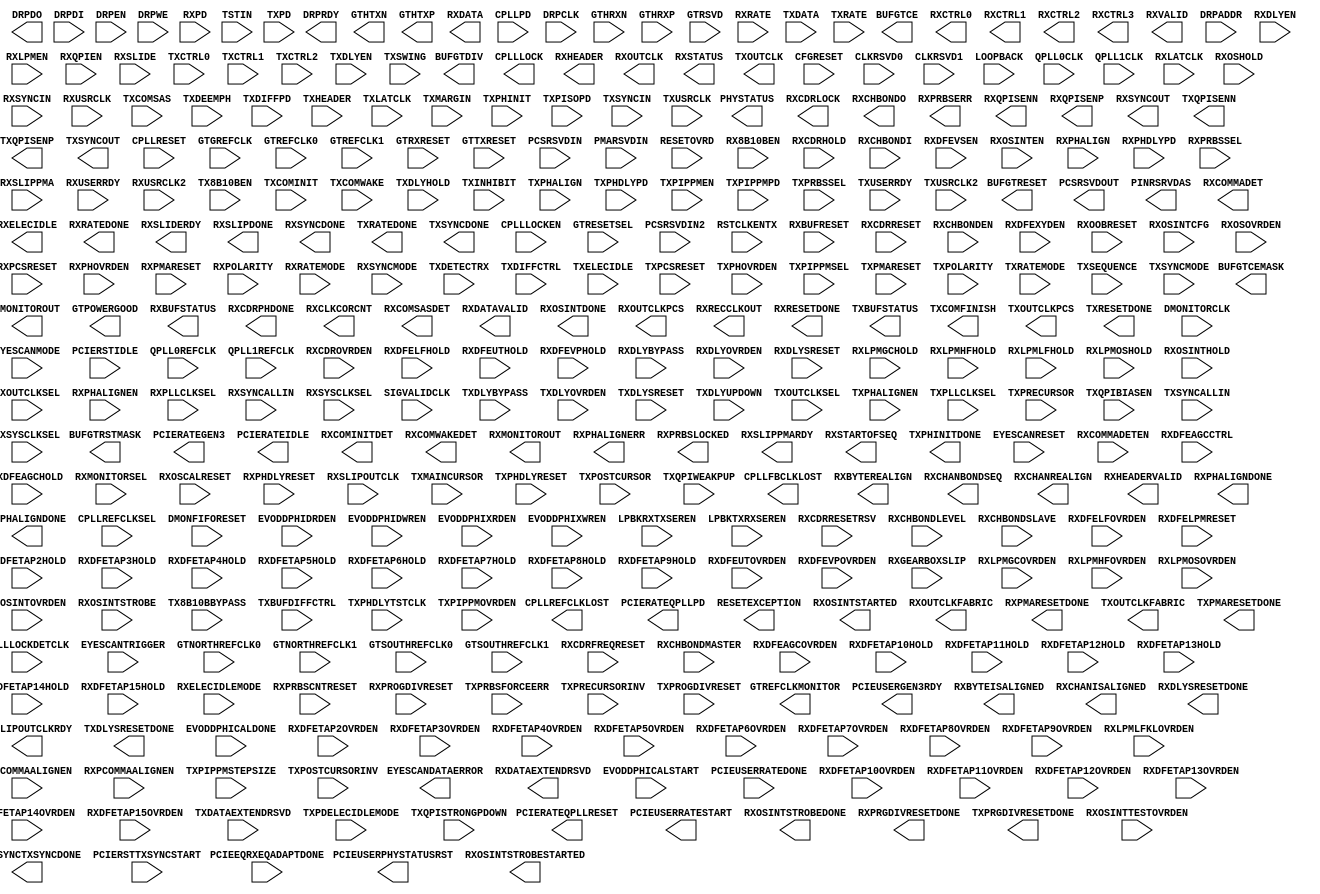
///////////////////////////////////////////////////////////////////////////////
//  Copyright (c) 1995/2015 Xilinx, Inc.
//  All Right Reserved.
///////////////////////////////////////////////////////////////////////////////
//
//   ____   ___
//  /   /\/   / 
// /___/  \  /     Vendor      : Xilinx 
// \   \   \/      Version     : 2015.4
//  \   \          Description : Xilinx Formal Library Component
//  /   /                        
// /___/   /\      Filename    : GTHE3_CHANNEL.v
// \   \  /  \ 
//  \___\/\___\                    
//                                 
///////////////////////////////////////////////////////////////////////////////
//  Revision:
//
//  End Revision:
///////////////////////////////////////////////////////////////////////////////

`timescale 1 ps / 1 ps 

`celldefine

module GTHE3_CHANNEL #(
  `ifdef XIL_TIMING //Simprim 
  parameter LOC = "UNPLACED",  
  `endif
  parameter [0:0] ACJTAG_DEBUG_MODE = 1'b0,
  parameter [0:0] ACJTAG_MODE = 1'b0,
  parameter [0:0] ACJTAG_RESET = 1'b0,
  parameter [15:0] ADAPT_CFG0 = 16'hF800,
  parameter [15:0] ADAPT_CFG1 = 16'h0000,
  parameter ALIGN_COMMA_DOUBLE = "FALSE",
  parameter [9:0] ALIGN_COMMA_ENABLE = 10'b0001111111,
  parameter integer ALIGN_COMMA_WORD = 1,
  parameter ALIGN_MCOMMA_DET = "TRUE",
  parameter [9:0] ALIGN_MCOMMA_VALUE = 10'b1010000011,
  parameter ALIGN_PCOMMA_DET = "TRUE",
  parameter [9:0] ALIGN_PCOMMA_VALUE = 10'b0101111100,
  parameter [0:0] A_RXOSCALRESET = 1'b0,
  parameter [0:0] A_RXPROGDIVRESET = 1'b0,
  parameter [0:0] A_TXPROGDIVRESET = 1'b0,
  parameter CBCC_DATA_SOURCE_SEL = "DECODED",
  parameter [0:0] CDR_SWAP_MODE_EN = 1'b0,
  parameter CHAN_BOND_KEEP_ALIGN = "FALSE",
  parameter integer CHAN_BOND_MAX_SKEW = 7,
  parameter [9:0] CHAN_BOND_SEQ_1_1 = 10'b0101111100,
  parameter [9:0] CHAN_BOND_SEQ_1_2 = 10'b0000000000,
  parameter [9:0] CHAN_BOND_SEQ_1_3 = 10'b0000000000,
  parameter [9:0] CHAN_BOND_SEQ_1_4 = 10'b0000000000,
  parameter [3:0] CHAN_BOND_SEQ_1_ENABLE = 4'b1111,
  parameter [9:0] CHAN_BOND_SEQ_2_1 = 10'b0100000000,
  parameter [9:0] CHAN_BOND_SEQ_2_2 = 10'b0100000000,
  parameter [9:0] CHAN_BOND_SEQ_2_3 = 10'b0100000000,
  parameter [9:0] CHAN_BOND_SEQ_2_4 = 10'b0100000000,
  parameter [3:0] CHAN_BOND_SEQ_2_ENABLE = 4'b1111,
  parameter CHAN_BOND_SEQ_2_USE = "FALSE",
  parameter integer CHAN_BOND_SEQ_LEN = 2,
  parameter CLK_CORRECT_USE = "TRUE",
  parameter CLK_COR_KEEP_IDLE = "FALSE",
  parameter integer CLK_COR_MAX_LAT = 20,
  parameter integer CLK_COR_MIN_LAT = 18,
  parameter CLK_COR_PRECEDENCE = "TRUE",
  parameter integer CLK_COR_REPEAT_WAIT = 0,
  parameter [9:0] CLK_COR_SEQ_1_1 = 10'b0100011100,
  parameter [9:0] CLK_COR_SEQ_1_2 = 10'b0000000000,
  parameter [9:0] CLK_COR_SEQ_1_3 = 10'b0000000000,
  parameter [9:0] CLK_COR_SEQ_1_4 = 10'b0000000000,
  parameter [3:0] CLK_COR_SEQ_1_ENABLE = 4'b1111,
  parameter [9:0] CLK_COR_SEQ_2_1 = 10'b0100000000,
  parameter [9:0] CLK_COR_SEQ_2_2 = 10'b0100000000,
  parameter [9:0] CLK_COR_SEQ_2_3 = 10'b0100000000,
  parameter [9:0] CLK_COR_SEQ_2_4 = 10'b0100000000,
  parameter [3:0] CLK_COR_SEQ_2_ENABLE = 4'b1111,
  parameter CLK_COR_SEQ_2_USE = "FALSE",
  parameter integer CLK_COR_SEQ_LEN = 2,
  parameter [15:0] CPLL_CFG0 = 16'h20F8,
  parameter [15:0] CPLL_CFG1 = 16'hA494,
  parameter [15:0] CPLL_CFG2 = 16'hF001,
  parameter [5:0] CPLL_CFG3 = 6'h00,
  parameter integer CPLL_FBDIV = 4,
  parameter integer CPLL_FBDIV_45 = 4,
  parameter [15:0] CPLL_INIT_CFG0 = 16'h001E,
  parameter [7:0] CPLL_INIT_CFG1 = 8'h00,
  parameter [15:0] CPLL_LOCK_CFG = 16'h01E8,
  parameter integer CPLL_REFCLK_DIV = 1,
  parameter [1:0] DDI_CTRL = 2'b00,
  parameter integer DDI_REALIGN_WAIT = 15,
  parameter DEC_MCOMMA_DETECT = "TRUE",
  parameter DEC_PCOMMA_DETECT = "TRUE",
  parameter DEC_VALID_COMMA_ONLY = "TRUE",
  parameter [0:0] DFE_D_X_REL_POS = 1'b0,
  parameter [0:0] DFE_VCM_COMP_EN = 1'b0,
  parameter [9:0] DMONITOR_CFG0 = 10'h000,
  parameter [7:0] DMONITOR_CFG1 = 8'h00,
  parameter [0:0] ES_CLK_PHASE_SEL = 1'b0,
  parameter [5:0] ES_CONTROL = 6'b000000,
  parameter ES_ERRDET_EN = "FALSE",
  parameter ES_EYE_SCAN_EN = "FALSE",
  parameter [11:0] ES_HORZ_OFFSET = 12'h000,
  parameter [9:0] ES_PMA_CFG = 10'b0000000000,
  parameter [4:0] ES_PRESCALE = 5'b00000,
  parameter [15:0] ES_QUALIFIER0 = 16'h0000,
  parameter [15:0] ES_QUALIFIER1 = 16'h0000,
  parameter [15:0] ES_QUALIFIER2 = 16'h0000,
  parameter [15:0] ES_QUALIFIER3 = 16'h0000,
  parameter [15:0] ES_QUALIFIER4 = 16'h0000,
  parameter [15:0] ES_QUAL_MASK0 = 16'h0000,
  parameter [15:0] ES_QUAL_MASK1 = 16'h0000,
  parameter [15:0] ES_QUAL_MASK2 = 16'h0000,
  parameter [15:0] ES_QUAL_MASK3 = 16'h0000,
  parameter [15:0] ES_QUAL_MASK4 = 16'h0000,
  parameter [15:0] ES_SDATA_MASK0 = 16'h0000,
  parameter [15:0] ES_SDATA_MASK1 = 16'h0000,
  parameter [15:0] ES_SDATA_MASK2 = 16'h0000,
  parameter [15:0] ES_SDATA_MASK3 = 16'h0000,
  parameter [15:0] ES_SDATA_MASK4 = 16'h0000,
  parameter [10:0] EVODD_PHI_CFG = 11'b00000000000,
  parameter [0:0] EYE_SCAN_SWAP_EN = 1'b0,
  parameter [3:0] FTS_DESKEW_SEQ_ENABLE = 4'b1111,
  parameter [3:0] FTS_LANE_DESKEW_CFG = 4'b1111,
  parameter FTS_LANE_DESKEW_EN = "FALSE",
  parameter [4:0] GEARBOX_MODE = 5'b00000,
  parameter [0:0] GM_BIAS_SELECT = 1'b0,
  parameter [0:0] LOCAL_MASTER = 1'b0,
  parameter [1:0] OOBDIVCTL = 2'b00,
  parameter [0:0] OOB_PWRUP = 1'b0,
  parameter PCI3_AUTO_REALIGN = "FRST_SMPL",
  parameter [0:0] PCI3_PIPE_RX_ELECIDLE = 1'b1,
  parameter [1:0] PCI3_RX_ASYNC_EBUF_BYPASS = 2'b00,
  parameter [0:0] PCI3_RX_ELECIDLE_EI2_ENABLE = 1'b0,
  parameter [5:0] PCI3_RX_ELECIDLE_H2L_COUNT = 6'b000000,
  parameter [2:0] PCI3_RX_ELECIDLE_H2L_DISABLE = 3'b000,
  parameter [5:0] PCI3_RX_ELECIDLE_HI_COUNT = 6'b000000,
  parameter [0:0] PCI3_RX_ELECIDLE_LP4_DISABLE = 1'b0,
  parameter [0:0] PCI3_RX_FIFO_DISABLE = 1'b0,
  parameter [15:0] PCIE_BUFG_DIV_CTRL = 16'h0000,
  parameter [15:0] PCIE_RXPCS_CFG_GEN3 = 16'h0000,
  parameter [15:0] PCIE_RXPMA_CFG = 16'h0000,
  parameter [15:0] PCIE_TXPCS_CFG_GEN3 = 16'h0000,
  parameter [15:0] PCIE_TXPMA_CFG = 16'h0000,
  parameter PCS_PCIE_EN = "FALSE",
  parameter [15:0] PCS_RSVD0 = 16'b0000000000000000,
  parameter [2:0] PCS_RSVD1 = 3'b000,
  parameter [11:0] PD_TRANS_TIME_FROM_P2 = 12'h03C,
  parameter [7:0] PD_TRANS_TIME_NONE_P2 = 8'h19,
  parameter [7:0] PD_TRANS_TIME_TO_P2 = 8'h64,
  parameter [1:0] PLL_SEL_MODE_GEN12 = 2'h0,
  parameter [1:0] PLL_SEL_MODE_GEN3 = 2'h0,
  parameter [15:0] PMA_RSV1 = 16'h0000,
  parameter [2:0] PROCESS_PAR = 3'b010,
  parameter [0:0] RATE_SW_USE_DRP = 1'b0,
  parameter [0:0] RESET_POWERSAVE_DISABLE = 1'b0,
  parameter [4:0] RXBUFRESET_TIME = 5'b00001,
  parameter RXBUF_ADDR_MODE = "FULL",
  parameter [3:0] RXBUF_EIDLE_HI_CNT = 4'b1000,
  parameter [3:0] RXBUF_EIDLE_LO_CNT = 4'b0000,
  parameter RXBUF_EN = "TRUE",
  parameter RXBUF_RESET_ON_CB_CHANGE = "TRUE",
  parameter RXBUF_RESET_ON_COMMAALIGN = "FALSE",
  parameter RXBUF_RESET_ON_EIDLE = "FALSE",
  parameter RXBUF_RESET_ON_RATE_CHANGE = "TRUE",
  parameter integer RXBUF_THRESH_OVFLW = 0,
  parameter RXBUF_THRESH_OVRD = "FALSE",
  parameter integer RXBUF_THRESH_UNDFLW = 4,
  parameter [4:0] RXCDRFREQRESET_TIME = 5'b00001,
  parameter [4:0] RXCDRPHRESET_TIME = 5'b00001,
  parameter [15:0] RXCDR_CFG0 = 16'h0000,
  parameter [15:0] RXCDR_CFG0_GEN3 = 16'h0000,
  parameter [15:0] RXCDR_CFG1 = 16'h0080,
  parameter [15:0] RXCDR_CFG1_GEN3 = 16'h0000,
  parameter [15:0] RXCDR_CFG2 = 16'h07E6,
  parameter [15:0] RXCDR_CFG2_GEN3 = 16'h0000,
  parameter [15:0] RXCDR_CFG3 = 16'h0000,
  parameter [15:0] RXCDR_CFG3_GEN3 = 16'h0000,
  parameter [15:0] RXCDR_CFG4 = 16'h0000,
  parameter [15:0] RXCDR_CFG4_GEN3 = 16'h0000,
  parameter [15:0] RXCDR_CFG5 = 16'h0000,
  parameter [15:0] RXCDR_CFG5_GEN3 = 16'h0000,
  parameter [0:0] RXCDR_FR_RESET_ON_EIDLE = 1'b0,
  parameter [0:0] RXCDR_HOLD_DURING_EIDLE = 1'b0,
  parameter [15:0] RXCDR_LOCK_CFG0 = 16'h5080,
  parameter [15:0] RXCDR_LOCK_CFG1 = 16'h07E0,
  parameter [15:0] RXCDR_LOCK_CFG2 = 16'h7C42,
  parameter [0:0] RXCDR_PH_RESET_ON_EIDLE = 1'b0,
  parameter [15:0] RXCFOK_CFG0 = 16'h4000,
  parameter [15:0] RXCFOK_CFG1 = 16'h0060,
  parameter [15:0] RXCFOK_CFG2 = 16'h000E,
  parameter [6:0] RXDFELPMRESET_TIME = 7'b0001111,
  parameter [15:0] RXDFELPM_KL_CFG0 = 16'h0000,
  parameter [15:0] RXDFELPM_KL_CFG1 = 16'h0032,
  parameter [15:0] RXDFELPM_KL_CFG2 = 16'h0000,
  parameter [15:0] RXDFE_CFG0 = 16'h0A00,
  parameter [15:0] RXDFE_CFG1 = 16'h0000,
  parameter [15:0] RXDFE_GC_CFG0 = 16'h0000,
  parameter [15:0] RXDFE_GC_CFG1 = 16'h7840,
  parameter [15:0] RXDFE_GC_CFG2 = 16'h0000,
  parameter [15:0] RXDFE_H2_CFG0 = 16'h0000,
  parameter [15:0] RXDFE_H2_CFG1 = 16'h0000,
  parameter [15:0] RXDFE_H3_CFG0 = 16'h4000,
  parameter [15:0] RXDFE_H3_CFG1 = 16'h0000,
  parameter [15:0] RXDFE_H4_CFG0 = 16'h2000,
  parameter [15:0] RXDFE_H4_CFG1 = 16'h0003,
  parameter [15:0] RXDFE_H5_CFG0 = 16'h2000,
  parameter [15:0] RXDFE_H5_CFG1 = 16'h0003,
  parameter [15:0] RXDFE_H6_CFG0 = 16'h2000,
  parameter [15:0] RXDFE_H6_CFG1 = 16'h0000,
  parameter [15:0] RXDFE_H7_CFG0 = 16'h2000,
  parameter [15:0] RXDFE_H7_CFG1 = 16'h0000,
  parameter [15:0] RXDFE_H8_CFG0 = 16'h2000,
  parameter [15:0] RXDFE_H8_CFG1 = 16'h0000,
  parameter [15:0] RXDFE_H9_CFG0 = 16'h2000,
  parameter [15:0] RXDFE_H9_CFG1 = 16'h0000,
  parameter [15:0] RXDFE_HA_CFG0 = 16'h2000,
  parameter [15:0] RXDFE_HA_CFG1 = 16'h0000,
  parameter [15:0] RXDFE_HB_CFG0 = 16'h2000,
  parameter [15:0] RXDFE_HB_CFG1 = 16'h0000,
  parameter [15:0] RXDFE_HC_CFG0 = 16'h0000,
  parameter [15:0] RXDFE_HC_CFG1 = 16'h0000,
  parameter [15:0] RXDFE_HD_CFG0 = 16'h0000,
  parameter [15:0] RXDFE_HD_CFG1 = 16'h0000,
  parameter [15:0] RXDFE_HE_CFG0 = 16'h0000,
  parameter [15:0] RXDFE_HE_CFG1 = 16'h0000,
  parameter [15:0] RXDFE_HF_CFG0 = 16'h0000,
  parameter [15:0] RXDFE_HF_CFG1 = 16'h0000,
  parameter [15:0] RXDFE_OS_CFG0 = 16'h8000,
  parameter [15:0] RXDFE_OS_CFG1 = 16'h0000,
  parameter [15:0] RXDFE_UT_CFG0 = 16'h8000,
  parameter [15:0] RXDFE_UT_CFG1 = 16'h0003,
  parameter [15:0] RXDFE_VP_CFG0 = 16'hAA00,
  parameter [15:0] RXDFE_VP_CFG1 = 16'h0033,
  parameter [15:0] RXDLY_CFG = 16'h001F,
  parameter [15:0] RXDLY_LCFG = 16'h0030,
  parameter RXELECIDLE_CFG = "Sigcfg_4",
  parameter integer RXGBOX_FIFO_INIT_RD_ADDR = 4,
  parameter RXGEARBOX_EN = "FALSE",
  parameter [4:0] RXISCANRESET_TIME = 5'b00001,
  parameter [15:0] RXLPM_CFG = 16'h0000,
  parameter [15:0] RXLPM_GC_CFG = 16'h0000,
  parameter [15:0] RXLPM_KH_CFG0 = 16'h0000,
  parameter [15:0] RXLPM_KH_CFG1 = 16'h0002,
  parameter [15:0] RXLPM_OS_CFG0 = 16'h8000,
  parameter [15:0] RXLPM_OS_CFG1 = 16'h0002,
  parameter [8:0] RXOOB_CFG = 9'b000000110,
  parameter RXOOB_CLK_CFG = "PMA",
  parameter [4:0] RXOSCALRESET_TIME = 5'b00011,
  parameter integer RXOUT_DIV = 4,
  parameter [4:0] RXPCSRESET_TIME = 5'b00001,
  parameter [15:0] RXPHBEACON_CFG = 16'h0000,
  parameter [15:0] RXPHDLY_CFG = 16'h2020,
  parameter [15:0] RXPHSAMP_CFG = 16'h2100,
  parameter [15:0] RXPHSLIP_CFG = 16'h6622,
  parameter [4:0] RXPH_MONITOR_SEL = 5'b00000,
  parameter [1:0] RXPI_CFG0 = 2'b00,
  parameter [1:0] RXPI_CFG1 = 2'b00,
  parameter [1:0] RXPI_CFG2 = 2'b00,
  parameter [1:0] RXPI_CFG3 = 2'b00,
  parameter [0:0] RXPI_CFG4 = 1'b0,
  parameter [0:0] RXPI_CFG5 = 1'b1,
  parameter [2:0] RXPI_CFG6 = 3'b000,
  parameter [0:0] RXPI_LPM = 1'b0,
  parameter [0:0] RXPI_VREFSEL = 1'b0,
  parameter RXPMACLK_SEL = "DATA",
  parameter [4:0] RXPMARESET_TIME = 5'b00001,
  parameter [0:0] RXPRBS_ERR_LOOPBACK = 1'b0,
  parameter integer RXPRBS_LINKACQ_CNT = 15,
  parameter integer RXSLIDE_AUTO_WAIT = 7,
  parameter RXSLIDE_MODE = "OFF",
  parameter [0:0] RXSYNC_MULTILANE = 1'b0,
  parameter [0:0] RXSYNC_OVRD = 1'b0,
  parameter [0:0] RXSYNC_SKIP_DA = 1'b0,
  parameter [0:0] RX_AFE_CM_EN = 1'b0,
  parameter [15:0] RX_BIAS_CFG0 = 16'h0AD4,
  parameter [5:0] RX_BUFFER_CFG = 6'b000000,
  parameter [0:0] RX_CAPFF_SARC_ENB = 1'b0,
  parameter integer RX_CLK25_DIV = 8,
  parameter [0:0] RX_CLKMUX_EN = 1'b1,
  parameter [4:0] RX_CLK_SLIP_OVRD = 5'b00000,
  parameter [3:0] RX_CM_BUF_CFG = 4'b1010,
  parameter [0:0] RX_CM_BUF_PD = 1'b0,
  parameter [1:0] RX_CM_SEL = 2'b11,
  parameter [3:0] RX_CM_TRIM = 4'b0100,
  parameter [7:0] RX_CTLE3_LPF = 8'b00000000,
  parameter integer RX_DATA_WIDTH = 20,
  parameter [5:0] RX_DDI_SEL = 6'b000000,
  parameter RX_DEFER_RESET_BUF_EN = "TRUE",
  parameter [3:0] RX_DFELPM_CFG0 = 4'b0110,
  parameter [0:0] RX_DFELPM_CFG1 = 1'b0,
  parameter [0:0] RX_DFELPM_KLKH_AGC_STUP_EN = 1'b1,
  parameter [1:0] RX_DFE_AGC_CFG0 = 2'b00,
  parameter [2:0] RX_DFE_AGC_CFG1 = 3'b100,
  parameter [1:0] RX_DFE_KL_LPM_KH_CFG0 = 2'b01,
  parameter [2:0] RX_DFE_KL_LPM_KH_CFG1 = 3'b010,
  parameter [1:0] RX_DFE_KL_LPM_KL_CFG0 = 2'b01,
  parameter [2:0] RX_DFE_KL_LPM_KL_CFG1 = 3'b010,
  parameter [0:0] RX_DFE_LPM_HOLD_DURING_EIDLE = 1'b0,
  parameter RX_DISPERR_SEQ_MATCH = "TRUE",
  parameter [4:0] RX_DIVRESET_TIME = 5'b00001,
  parameter [0:0] RX_EN_HI_LR = 1'b0,
  parameter [6:0] RX_EYESCAN_VS_CODE = 7'b0000000,
  parameter [0:0] RX_EYESCAN_VS_NEG_DIR = 1'b0,
  parameter [1:0] RX_EYESCAN_VS_RANGE = 2'b00,
  parameter [0:0] RX_EYESCAN_VS_UT_SIGN = 1'b0,
  parameter [0:0] RX_FABINT_USRCLK_FLOP = 1'b0,
  parameter integer RX_INT_DATAWIDTH = 1,
  parameter [0:0] RX_PMA_POWER_SAVE = 1'b0,
  parameter real RX_PROGDIV_CFG = 4.0,
  parameter [2:0] RX_SAMPLE_PERIOD = 3'b101,
  parameter integer RX_SIG_VALID_DLY = 11,
  parameter [0:0] RX_SUM_DFETAPREP_EN = 1'b0,
  parameter [3:0] RX_SUM_IREF_TUNE = 4'b0000,
  parameter [1:0] RX_SUM_RES_CTRL = 2'b00,
  parameter [3:0] RX_SUM_VCMTUNE = 4'b0000,
  parameter [0:0] RX_SUM_VCM_OVWR = 1'b0,
  parameter [2:0] RX_SUM_VREF_TUNE = 3'b000,
  parameter [1:0] RX_TUNE_AFE_OS = 2'b00,
  parameter [0:0] RX_WIDEMODE_CDR = 1'b0,
  parameter RX_XCLK_SEL = "RXDES",
  parameter integer SAS_MAX_COM = 64,
  parameter integer SAS_MIN_COM = 36,
  parameter [3:0] SATA_BURST_SEQ_LEN = 4'b1111,
  parameter [2:0] SATA_BURST_VAL = 3'b100,
  parameter SATA_CPLL_CFG = "VCO_3000MHZ",
  parameter [2:0] SATA_EIDLE_VAL = 3'b100,
  parameter integer SATA_MAX_BURST = 8,
  parameter integer SATA_MAX_INIT = 21,
  parameter integer SATA_MAX_WAKE = 7,
  parameter integer SATA_MIN_BURST = 4,
  parameter integer SATA_MIN_INIT = 12,
  parameter integer SATA_MIN_WAKE = 4,
  parameter SHOW_REALIGN_COMMA = "TRUE",
  parameter SIM_MODE = "FAST",   
  parameter SIM_RECEIVER_DETECT_PASS = "TRUE",
  parameter SIM_RESET_SPEEDUP = "TRUE",
  parameter [0:0] SIM_TX_EIDLE_DRIVE_LEVEL = 1'b0,
  parameter integer SIM_VERSION = 2,
  parameter [1:0] TAPDLY_SET_TX = 2'h0,
  parameter [3:0] TEMPERATUR_PAR = 4'b0010,
  parameter [14:0] TERM_RCAL_CFG = 15'b100001000010000,
  parameter [2:0] TERM_RCAL_OVRD = 3'b000,
  parameter [7:0] TRANS_TIME_RATE = 8'h0E,
  parameter [7:0] TST_RSV0 = 8'h00,
  parameter [7:0] TST_RSV1 = 8'h00,
  parameter TXBUF_EN = "TRUE",
  parameter TXBUF_RESET_ON_RATE_CHANGE = "FALSE",
  parameter [15:0] TXDLY_CFG = 16'h001F,
  parameter [15:0] TXDLY_LCFG = 16'h0030,
  parameter [3:0] TXDRVBIAS_N = 4'b1010,
  parameter [3:0] TXDRVBIAS_P = 4'b1100,
  parameter TXFIFO_ADDR_CFG = "LOW",
  parameter integer TXGBOX_FIFO_INIT_RD_ADDR = 4,
  parameter TXGEARBOX_EN = "FALSE",
  parameter integer TXOUT_DIV = 4,
  parameter [4:0] TXPCSRESET_TIME = 5'b00001,
  parameter [15:0] TXPHDLY_CFG0 = 16'h2020,
  parameter [15:0] TXPHDLY_CFG1 = 16'h0001,
  parameter [15:0] TXPH_CFG = 16'h0980,
  parameter [4:0] TXPH_MONITOR_SEL = 5'b00000,
  parameter [1:0] TXPI_CFG0 = 2'b00,
  parameter [1:0] TXPI_CFG1 = 2'b00,
  parameter [1:0] TXPI_CFG2 = 2'b00,
  parameter [0:0] TXPI_CFG3 = 1'b0,
  parameter [0:0] TXPI_CFG4 = 1'b1,
  parameter [2:0] TXPI_CFG5 = 3'b000,
  parameter [0:0] TXPI_GRAY_SEL = 1'b0,
  parameter [0:0] TXPI_INVSTROBE_SEL = 1'b0,
  parameter [0:0] TXPI_LPM = 1'b0,
  parameter TXPI_PPMCLK_SEL = "TXUSRCLK2",
  parameter [7:0] TXPI_PPM_CFG = 8'b00000000,
  parameter [2:0] TXPI_SYNFREQ_PPM = 3'b000,
  parameter [0:0] TXPI_VREFSEL = 1'b0,
  parameter [4:0] TXPMARESET_TIME = 5'b00001,
  parameter [0:0] TXSYNC_MULTILANE = 1'b0,
  parameter [0:0] TXSYNC_OVRD = 1'b0,
  parameter [0:0] TXSYNC_SKIP_DA = 1'b0,
  parameter integer TX_CLK25_DIV = 8,
  parameter [0:0] TX_CLKMUX_EN = 1'b1,
  parameter integer TX_DATA_WIDTH = 20,
  parameter [5:0] TX_DCD_CFG = 6'b000010,
  parameter [0:0] TX_DCD_EN = 1'b0,
  parameter [5:0] TX_DEEMPH0 = 6'b000000,
  parameter [5:0] TX_DEEMPH1 = 6'b000000,
  parameter [4:0] TX_DIVRESET_TIME = 5'b00001,
  parameter TX_DRIVE_MODE = "DIRECT",
  parameter [2:0] TX_EIDLE_ASSERT_DELAY = 3'b110,
  parameter [2:0] TX_EIDLE_DEASSERT_DELAY = 3'b100,
  parameter [0:0] TX_EML_PHI_TUNE = 1'b0,
  parameter [0:0] TX_FABINT_USRCLK_FLOP = 1'b0,
  parameter [0:0] TX_IDLE_DATA_ZERO = 1'b0,
  parameter integer TX_INT_DATAWIDTH = 1,
  parameter TX_LOOPBACK_DRIVE_HIZ = "FALSE",
  parameter [0:0] TX_MAINCURSOR_SEL = 1'b0,
  parameter [6:0] TX_MARGIN_FULL_0 = 7'b1001110,
  parameter [6:0] TX_MARGIN_FULL_1 = 7'b1001001,
  parameter [6:0] TX_MARGIN_FULL_2 = 7'b1000101,
  parameter [6:0] TX_MARGIN_FULL_3 = 7'b1000010,
  parameter [6:0] TX_MARGIN_FULL_4 = 7'b1000000,
  parameter [6:0] TX_MARGIN_LOW_0 = 7'b1000110,
  parameter [6:0] TX_MARGIN_LOW_1 = 7'b1000100,
  parameter [6:0] TX_MARGIN_LOW_2 = 7'b1000010,
  parameter [6:0] TX_MARGIN_LOW_3 = 7'b1000000,
  parameter [6:0] TX_MARGIN_LOW_4 = 7'b1000000,
  parameter [2:0] TX_MODE_SEL = 3'b000,
  parameter [0:0] TX_PMADATA_OPT = 1'b0,
  parameter [0:0] TX_PMA_POWER_SAVE = 1'b0,
  parameter TX_PROGCLK_SEL = "POSTPI",
  parameter real TX_PROGDIV_CFG = 4.0,
  parameter [0:0] TX_QPI_STATUS_EN = 1'b0,
  parameter [13:0] TX_RXDETECT_CFG = 14'h0032,
  parameter [2:0] TX_RXDETECT_REF = 3'b100,
  parameter [2:0] TX_SAMPLE_PERIOD = 3'b101,
  parameter [0:0] TX_SARC_LPBK_ENB = 1'b0,
  parameter TX_XCLK_SEL = "TXOUT",
  parameter [0:0] USE_PCS_CLK_PHASE_SEL = 1'b0,
  parameter [1:0] WB_MODE = 2'b00
)(
  output [2:0] BUFGTCE,
  output [2:0] BUFGTCEMASK,
  output [8:0] BUFGTDIV,
  output [2:0] BUFGTRESET,
  output [2:0] BUFGTRSTMASK,
  output CPLLFBCLKLOST,
  output CPLLLOCK,
  output CPLLREFCLKLOST,
  output [16:0] DMONITOROUT,
  output [15:0] DRPDO,
  output DRPRDY,
  output EYESCANDATAERROR,
  output GTHTXN,
  output GTHTXP,
  output GTPOWERGOOD,
  output GTREFCLKMONITOR,
  output PCIERATEGEN3,
  output PCIERATEIDLE,
  output [1:0] PCIERATEQPLLPD,
  output [1:0] PCIERATEQPLLRESET,
  output PCIESYNCTXSYNCDONE,
  output PCIEUSERGEN3RDY,
  output PCIEUSERPHYSTATUSRST,
  output PCIEUSERRATESTART,
  output [11:0] PCSRSVDOUT,
  output PHYSTATUS,
  output [7:0] PINRSRVDAS,
  output RESETEXCEPTION,
  output [2:0] RXBUFSTATUS,
  output RXBYTEISALIGNED,
  output RXBYTEREALIGN,
  output RXCDRLOCK,
  output RXCDRPHDONE,
  output RXCHANBONDSEQ,
  output RXCHANISALIGNED,
  output RXCHANREALIGN,
  output [4:0] RXCHBONDO,
  output [1:0] RXCLKCORCNT,
  output RXCOMINITDET,
  output RXCOMMADET,
  output RXCOMSASDET,
  output RXCOMWAKEDET,
  output [15:0] RXCTRL0,
  output [15:0] RXCTRL1,
  output [7:0] RXCTRL2,
  output [7:0] RXCTRL3,
  output [127:0] RXDATA,
  output [7:0] RXDATAEXTENDRSVD,
  output [1:0] RXDATAVALID,
  output RXDLYSRESETDONE,
  output RXELECIDLE,
  output [5:0] RXHEADER,
  output [1:0] RXHEADERVALID,
  output [6:0] RXMONITOROUT,
  output RXOSINTDONE,
  output RXOSINTSTARTED,
  output RXOSINTSTROBEDONE,
  output RXOSINTSTROBESTARTED,
  output RXOUTCLK,
  output RXOUTCLKFABRIC,
  output RXOUTCLKPCS,
  output RXPHALIGNDONE,
  output RXPHALIGNERR,
  output RXPMARESETDONE,
  output RXPRBSERR,
  output RXPRBSLOCKED,
  output RXPRGDIVRESETDONE,
  output RXQPISENN,
  output RXQPISENP,
  output RXRATEDONE,
  output RXRECCLKOUT,
  output RXRESETDONE,
  output RXSLIDERDY,
  output RXSLIPDONE,
  output RXSLIPOUTCLKRDY,
  output RXSLIPPMARDY,
  output [1:0] RXSTARTOFSEQ,
  output [2:0] RXSTATUS,
  output RXSYNCDONE,
  output RXSYNCOUT,
  output RXVALID,
  output [1:0] TXBUFSTATUS,
  output TXCOMFINISH,
  output TXDLYSRESETDONE,
  output TXOUTCLK,
  output TXOUTCLKFABRIC,
  output TXOUTCLKPCS,
  output TXPHALIGNDONE,
  output TXPHINITDONE,
  output TXPMARESETDONE,
  output TXPRGDIVRESETDONE,
  output TXQPISENN,
  output TXQPISENP,
  output TXRATEDONE,
  output TXRESETDONE,
  output TXSYNCDONE,
  output TXSYNCOUT,

  input CFGRESET,
  input CLKRSVD0,
  input CLKRSVD1,
  input CPLLLOCKDETCLK,
  input CPLLLOCKEN,
  input CPLLPD,
  input [2:0] CPLLREFCLKSEL,
  input CPLLRESET,
  input DMONFIFORESET,
  input DMONITORCLK,
  input [8:0] DRPADDR,
  input DRPCLK,
  input [15:0] DRPDI,
  input DRPEN,
  input DRPWE,
  input EVODDPHICALDONE,
  input EVODDPHICALSTART,
  input EVODDPHIDRDEN,
  input EVODDPHIDWREN,
  input EVODDPHIXRDEN,
  input EVODDPHIXWREN,
  input EYESCANMODE,
  input EYESCANRESET,
  input EYESCANTRIGGER,
  input GTGREFCLK,
  input GTHRXN,
  input GTHRXP,
  input GTNORTHREFCLK0,
  input GTNORTHREFCLK1,
  input GTREFCLK0,
  input GTREFCLK1,
  input GTRESETSEL,
  input [15:0] GTRSVD,
  input GTRXRESET,
  input GTSOUTHREFCLK0,
  input GTSOUTHREFCLK1,
  input GTTXRESET,
  input [2:0] LOOPBACK,
  input LPBKRXTXSEREN,
  input LPBKTXRXSEREN,
  input PCIEEQRXEQADAPTDONE,
  input PCIERSTIDLE,
  input PCIERSTTXSYNCSTART,
  input PCIEUSERRATEDONE,
  input [15:0] PCSRSVDIN,
  input [4:0] PCSRSVDIN2,
  input [4:0] PMARSVDIN,
  input QPLL0CLK,
  input QPLL0REFCLK,
  input QPLL1CLK,
  input QPLL1REFCLK,
  input RESETOVRD,
  input RSTCLKENTX,
  input RX8B10BEN,
  input RXBUFRESET,
  input RXCDRFREQRESET,
  input RXCDRHOLD,
  input RXCDROVRDEN,
  input RXCDRRESET,
  input RXCDRRESETRSV,
  input RXCHBONDEN,
  input [4:0] RXCHBONDI,
  input [2:0] RXCHBONDLEVEL,
  input RXCHBONDMASTER,
  input RXCHBONDSLAVE,
  input RXCOMMADETEN,
  input [1:0] RXDFEAGCCTRL,
  input RXDFEAGCHOLD,
  input RXDFEAGCOVRDEN,
  input RXDFELFHOLD,
  input RXDFELFOVRDEN,
  input RXDFELPMRESET,
  input RXDFETAP10HOLD,
  input RXDFETAP10OVRDEN,
  input RXDFETAP11HOLD,
  input RXDFETAP11OVRDEN,
  input RXDFETAP12HOLD,
  input RXDFETAP12OVRDEN,
  input RXDFETAP13HOLD,
  input RXDFETAP13OVRDEN,
  input RXDFETAP14HOLD,
  input RXDFETAP14OVRDEN,
  input RXDFETAP15HOLD,
  input RXDFETAP15OVRDEN,
  input RXDFETAP2HOLD,
  input RXDFETAP2OVRDEN,
  input RXDFETAP3HOLD,
  input RXDFETAP3OVRDEN,
  input RXDFETAP4HOLD,
  input RXDFETAP4OVRDEN,
  input RXDFETAP5HOLD,
  input RXDFETAP5OVRDEN,
  input RXDFETAP6HOLD,
  input RXDFETAP6OVRDEN,
  input RXDFETAP7HOLD,
  input RXDFETAP7OVRDEN,
  input RXDFETAP8HOLD,
  input RXDFETAP8OVRDEN,
  input RXDFETAP9HOLD,
  input RXDFETAP9OVRDEN,
  input RXDFEUTHOLD,
  input RXDFEUTOVRDEN,
  input RXDFEVPHOLD,
  input RXDFEVPOVRDEN,
  input RXDFEVSEN,
  input RXDFEXYDEN,
  input RXDLYBYPASS,
  input RXDLYEN,
  input RXDLYOVRDEN,
  input RXDLYSRESET,
  input [1:0] RXELECIDLEMODE,
  input RXGEARBOXSLIP,
  input RXLATCLK,
  input RXLPMEN,
  input RXLPMGCHOLD,
  input RXLPMGCOVRDEN,
  input RXLPMHFHOLD,
  input RXLPMHFOVRDEN,
  input RXLPMLFHOLD,
  input RXLPMLFKLOVRDEN,
  input RXLPMOSHOLD,
  input RXLPMOSOVRDEN,
  input RXMCOMMAALIGNEN,
  input [1:0] RXMONITORSEL,
  input RXOOBRESET,
  input RXOSCALRESET,
  input RXOSHOLD,
  input [3:0] RXOSINTCFG,
  input RXOSINTEN,
  input RXOSINTHOLD,
  input RXOSINTOVRDEN,
  input RXOSINTSTROBE,
  input RXOSINTTESTOVRDEN,
  input RXOSOVRDEN,
  input [2:0] RXOUTCLKSEL,
  input RXPCOMMAALIGNEN,
  input RXPCSRESET,
  input [1:0] RXPD,
  input RXPHALIGN,
  input RXPHALIGNEN,
  input RXPHDLYPD,
  input RXPHDLYRESET,
  input RXPHOVRDEN,
  input [1:0] RXPLLCLKSEL,
  input RXPMARESET,
  input RXPOLARITY,
  input RXPRBSCNTRESET,
  input [3:0] RXPRBSSEL,
  input RXPROGDIVRESET,
  input RXQPIEN,
  input [2:0] RXRATE,
  input RXRATEMODE,
  input RXSLIDE,
  input RXSLIPOUTCLK,
  input RXSLIPPMA,
  input RXSYNCALLIN,
  input RXSYNCIN,
  input RXSYNCMODE,
  input [1:0] RXSYSCLKSEL,
  input RXUSERRDY,
  input RXUSRCLK,
  input RXUSRCLK2,
  input SIGVALIDCLK,
  input [19:0] TSTIN,
  input [7:0] TX8B10BBYPASS,
  input TX8B10BEN,
  input [2:0] TXBUFDIFFCTRL,
  input TXCOMINIT,
  input TXCOMSAS,
  input TXCOMWAKE,
  input [15:0] TXCTRL0,
  input [15:0] TXCTRL1,
  input [7:0] TXCTRL2,
  input [127:0] TXDATA,
  input [7:0] TXDATAEXTENDRSVD,
  input TXDEEMPH,
  input TXDETECTRX,
  input [3:0] TXDIFFCTRL,
  input TXDIFFPD,
  input TXDLYBYPASS,
  input TXDLYEN,
  input TXDLYHOLD,
  input TXDLYOVRDEN,
  input TXDLYSRESET,
  input TXDLYUPDOWN,
  input TXELECIDLE,
  input [5:0] TXHEADER,
  input TXINHIBIT,
  input TXLATCLK,
  input [6:0] TXMAINCURSOR,
  input [2:0] TXMARGIN,
  input [2:0] TXOUTCLKSEL,
  input TXPCSRESET,
  input [1:0] TXPD,
  input TXPDELECIDLEMODE,
  input TXPHALIGN,
  input TXPHALIGNEN,
  input TXPHDLYPD,
  input TXPHDLYRESET,
  input TXPHDLYTSTCLK,
  input TXPHINIT,
  input TXPHOVRDEN,
  input TXPIPPMEN,
  input TXPIPPMOVRDEN,
  input TXPIPPMPD,
  input TXPIPPMSEL,
  input [4:0] TXPIPPMSTEPSIZE,
  input TXPISOPD,
  input [1:0] TXPLLCLKSEL,
  input TXPMARESET,
  input TXPOLARITY,
  input [4:0] TXPOSTCURSOR,
  input TXPOSTCURSORINV,
  input TXPRBSFORCEERR,
  input [3:0] TXPRBSSEL,
  input [4:0] TXPRECURSOR,
  input TXPRECURSORINV,
  input TXPROGDIVRESET,
  input TXQPIBIASEN,
  input TXQPISTRONGPDOWN,
  input TXQPIWEAKPUP,
  input [2:0] TXRATE,
  input TXRATEMODE,
  input [6:0] TXSEQUENCE,
  input TXSWING,
  input TXSYNCALLIN,
  input TXSYNCIN,
  input TXSYNCMODE,
  input [1:0] TXSYSCLKSEL,
  input TXUSERRDY,
  input TXUSRCLK,
  input TXUSRCLK2
);

endmodule

`endcelldefine